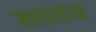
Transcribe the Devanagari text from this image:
खातच